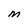
Character: M